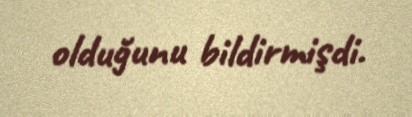
olduğunu bildirmişdi.